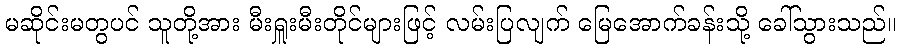
မဆိုင်းမတွပင် သူတို့အား မီးရှူးမီးတိုင်များဖြင့် လမ်းပြလျက် မြေအောက်ခန်းသို့ ခေါ်သွားသည်။